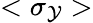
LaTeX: <\sigma_{\mathcal{Y}}>